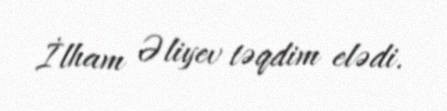
İlham Əliyev təqdim elədi.